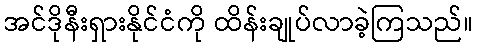
အင်ဒိုနီးရှားနိုင်ငံကို ထိန်းချုပ်လာခဲ့ကြသည်။